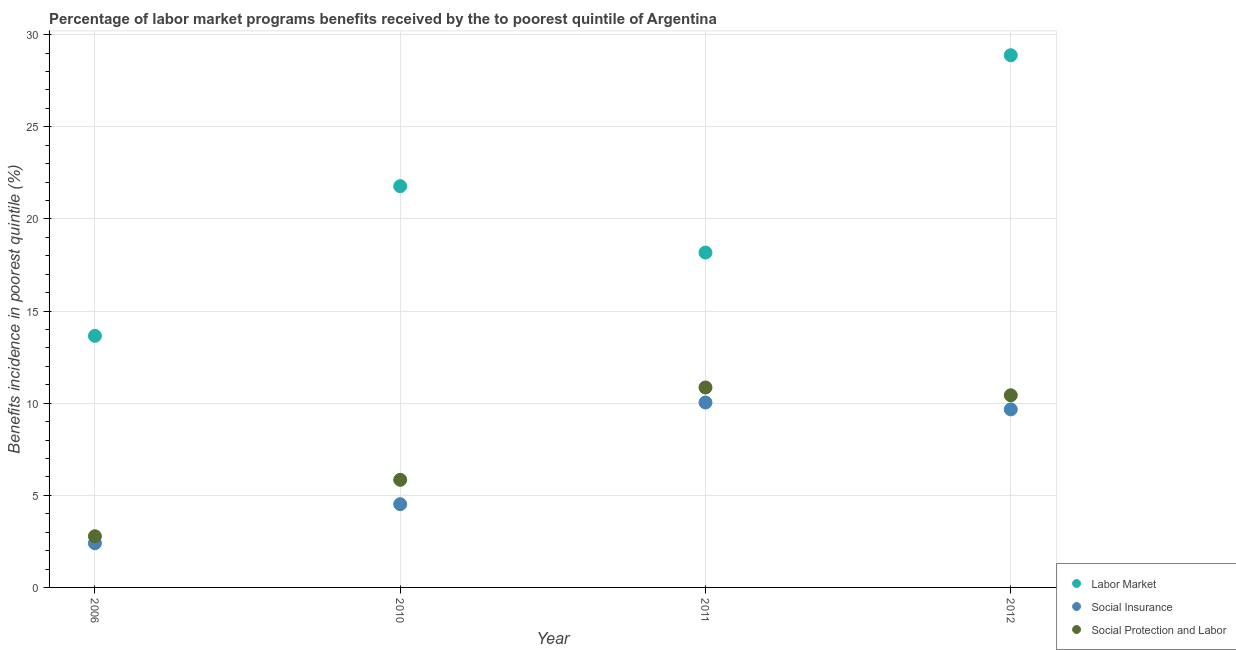
| Year | Labor Market | Social Insurance | Social Protection and Labor |
 | --- | --- | --- | --- |
 | 2006 | 13.7 | 2.4 | 2.78 |
 | 2010 | 21.8 | 4.52 | 5.84 |
 | 2011 | 18.2 | 10 | 10.9 |
 | 2012 | 28.9 | 9.66 | 10.4 |